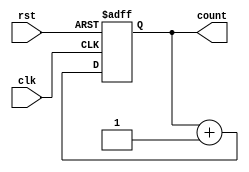
module GrayCodeRingCounter(
    input wire clk,
    input wire rst,
    output reg [3:0] count
);

reg [3:0] next_count;

always @(posedge clk or posedge rst) begin
    if (rst) begin
        count <= 4'b0000;
    end else begin
        count <= next_count;
    end
end

always @* begin
    next_count = count + 1;
end

endmodule